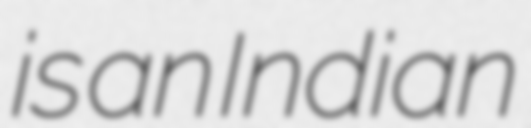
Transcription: is an Indian